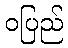
ဝပြည်